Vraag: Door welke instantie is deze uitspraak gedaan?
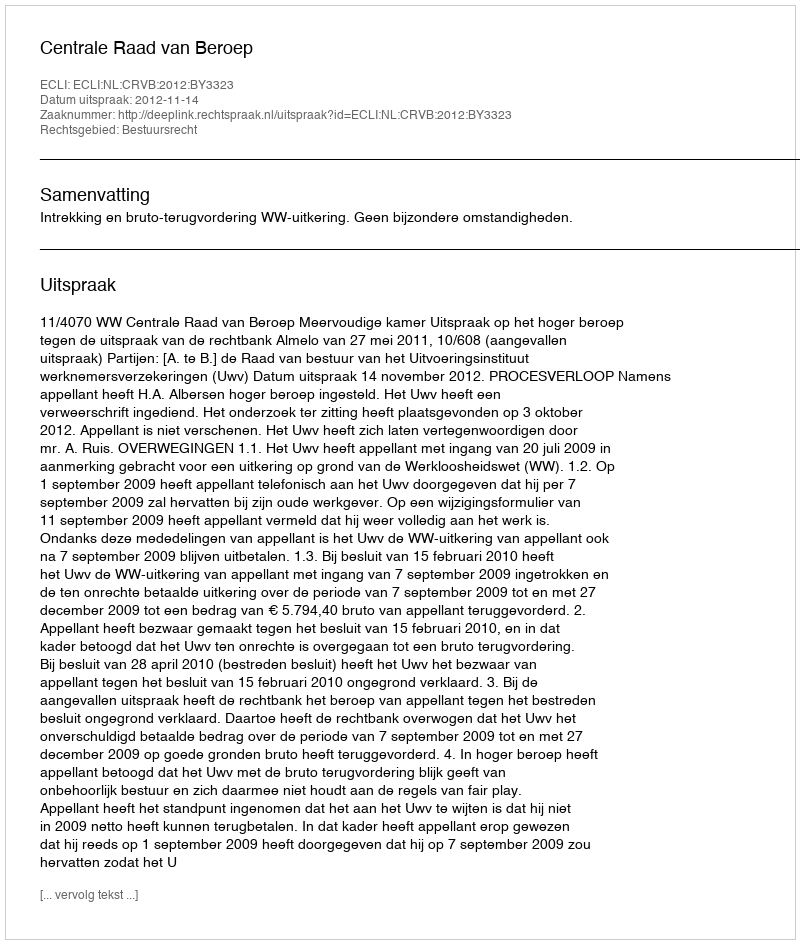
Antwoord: Centrale Raad van Beroep